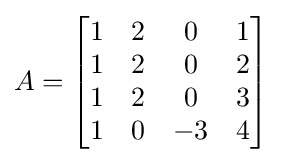
A={\begin{bmatrix}1&2&0&1\\1&2&0&2\\1&2&0&3\\1&0&-3&4\end{bmatrix}}